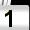
Digit: 1